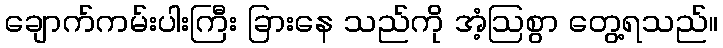
ချောက်ကမ်းပါးကြီး ခြားနေ သည်ကို အံ့ဩစွာ တွေ့ရသည်။